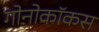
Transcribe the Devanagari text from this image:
गोनोकॉकस